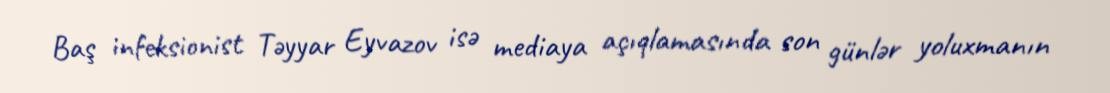
Baş infeksionist Təyyar Eyvazov isə mediaya açıqlamasında son günlər yoluxmanın